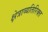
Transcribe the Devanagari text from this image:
क्षेत्राव्यतिरिक्त